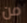
من